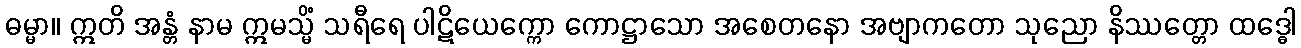
ဓမ္မာ။ ဣတိ အန္တံ နာမ ဣမသ္မိံ သရီရေ ပါဋိယေက္ကော ကောဋ္ဌာသော အစေတနော အဗျာကတော သုညော နိဿတ္တော ထဒ္ဓေါ